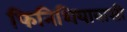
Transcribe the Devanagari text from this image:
फिनिशियावासी